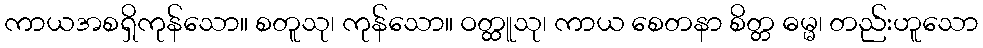
ကာယအစရှိကုန်သော။ စတူသု၊ ကုန်သော။ ဝတ္ထူသု၊ ကာယ စေတနာ စိတ္တ ဓမ္မ၊ တည်းဟူသော